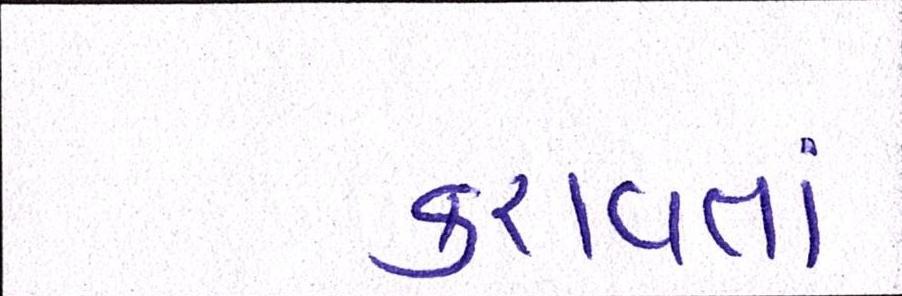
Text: કરાવતાં